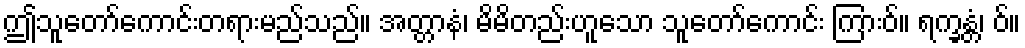
ဤသူတော်ကောင်းတရားမည်သည်။ အတ္တာနံ၊ မိမိတည်းဟူသော သူတော်ကောင်း ကြားဝ်။ ရက္ခန္တံ၊ ဝ်။